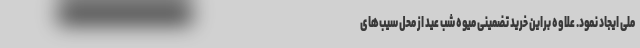
ملی ایجاد نمود. علاوه براین خرید تضمینی میوه شب عید از محل سیب‌های